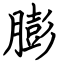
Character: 膨